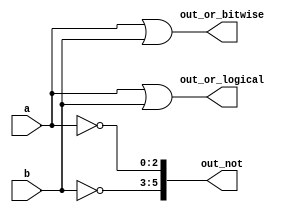
/*
Bitwise vs. Logical Operators
Earlier, we mentioned that there are bitwise and logical versions of the various boolean operators (e.g., norgate). When using vectors, the distinction between the two 
operator types becomes important. A bitwise operation between two N-bit vectors replicates the operation for each bit of the vector and produces a N-bit output, while a 
logical operation treats the entire vector as a boolean value (true = non-zero, false = zero) and produces a 1-bit output.

Look at the simulation waveforms at how the bitwise-OR and logical-OR differ
*/

module top_module( 
    input [2:0] a,
    input [2:0] b,
    output [2:0] out_or_bitwise,
    output out_or_logical,
    output [5:0] out_not
);
    assign out_or_bitwise = a | b;	//
    assign out_or_logical = a || b;	//
    // 
    // ~ 
    //assign out_not[2:0] = ~a;		
    //assign out_not[5:3] = ~b;
    assign out_not[5:0] = {~b[2:0],~a[2:0]};
	/*
		a = 010
		b = 101
		
		a | b = {a[0] ^ b[0], a[1] ^ b[1], a[2] ^ b[2]}
		 a | b = 111

		a || b
			 a != 0, b != 0,  a || b = 1 
	*/
			  		
endmodule